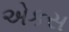
એકસ